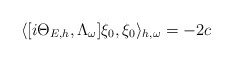
\begin{align*} \langle[i\Theta_{E,h},\Lambda_\omega]\xi_0,\xi_0\rangle_{h,\omega}=-2c \end{align*}